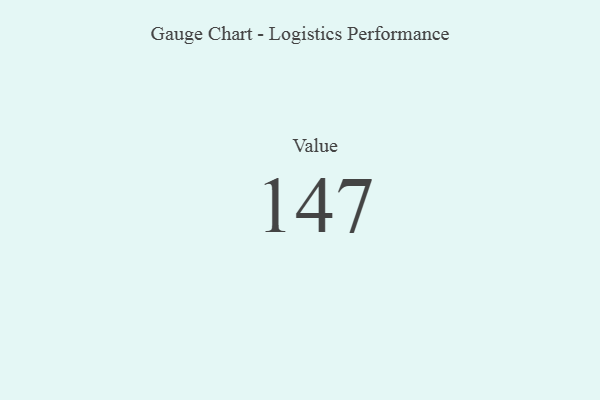
{"axis": {"x": "Metric", "y": "Value"}, "legend": [""], "data": [{"x": "Value", "y": 147, "type": ""}]}